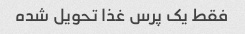
فقط یک پرس غذا تحویل شده